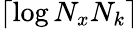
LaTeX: \lceil\log N_{x}N_{k}\rceil